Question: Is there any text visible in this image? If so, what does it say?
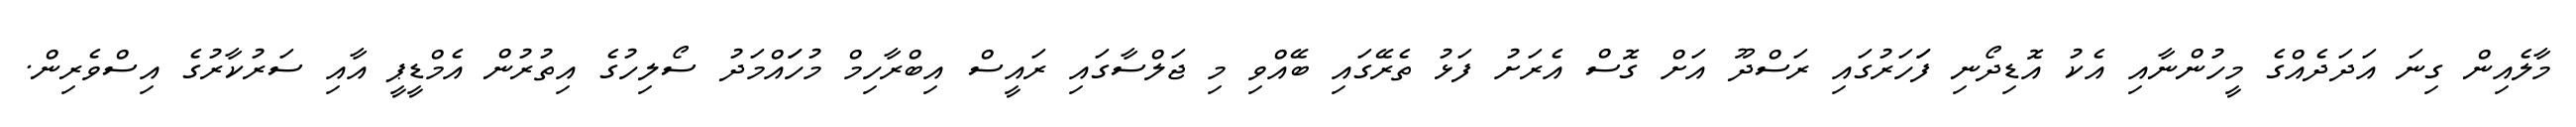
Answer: މާލެއިން ގިނަ އަދަދެއްގެ މީހުންނާއި އެކު އޮޑިދޯނި ފަަހަރުގައި ރަސްދޫ އަށް ގޮސް އެރަށު ފަޅު ތެރޭގައި ބޭއްވި މި ޖަލްސާގައި ރައީސް އިބްރާހިމް މުހަައްމަދު ސޯލިހުގެ އިތުރުން އެމްޑީޕީ އާއި ސަރުކާރުގެ އިސްވެރިން.